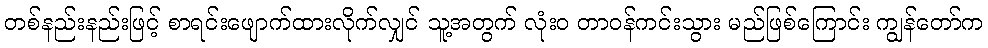
တစ်နည်းနည်းဖြင့် စာရင်းဖျောက်ထားလိုက်လျှင် သူ့အတွက် လုံးဝ တာဝန်ကင်းသွား မည်ဖြစ်ကြောင်း ကျွန်တော်က